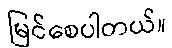
မြင်စေပါတယ်။